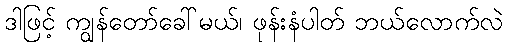
ဒါဖြင့် ကျွန်တော်ခေါ်မယ်၊ ဖုန်းနံပါတ် ဘယ်လောက်လဲ